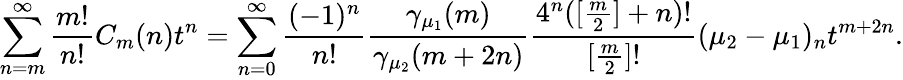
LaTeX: \sum_{n=m}^{\infty}\frac{m!}{n!}C_{m}(n)t^{n}=\sum_{n=0}^{\infty}{\frac{(-1)^{n}}{n!}}{\frac{\gamma_{\mu_{1}}(m)}{\gamma_{\mu_{2}}(m+2n)}}{\frac{4^{n}([\frac{m}{2}]+n)!}{[\frac{m}{2}]!}}(\mu_{2}-\mu_{1})_{n}t^{m+2n}.